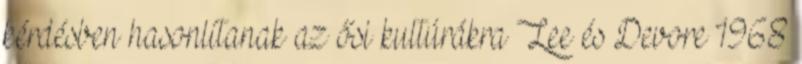
kérdésben hasonlítanak az ősi kultúrákra Lee és Devore 1968